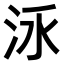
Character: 𣳛